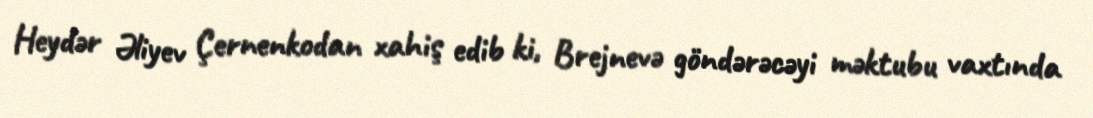
Heydər Əliyev Çernenkodan xahiş edib ki, Brejnevə göndərəcəyi məktubu vaxtında